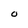
Character: O